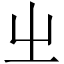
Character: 㞢